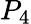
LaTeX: P_{4}